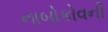
નાબોકોવની